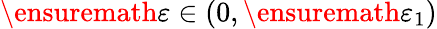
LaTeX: \ensuremath{\varepsilon}\in(0,\ensuremath{\varepsilon}_{1})